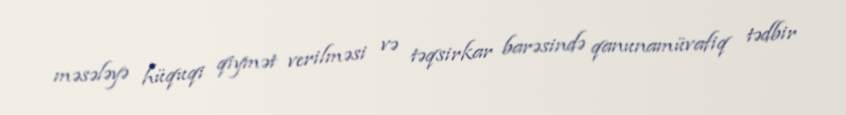
məsələyə hüquqi qiymət verilməsi və təqsirkar barəsində qanunamüvafiq tədbir